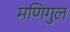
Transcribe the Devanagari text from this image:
मणिगुल